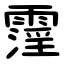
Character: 霪